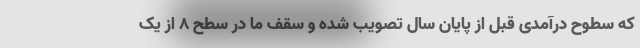
که سطوح درآمدی قبل از پایان سال تصویب شده و سقف ما در سطح ۸ از یک